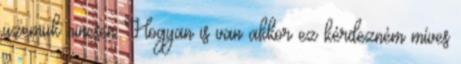
üzemük nincsen Hogyan is van akkor ez kérdezném míves